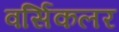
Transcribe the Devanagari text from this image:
वर्सिकलर